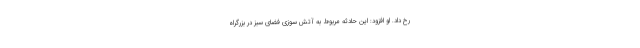
رخ داد. او افزود: این حادثه مربوط به آتش سوزی فضای سبز در بزرگراه